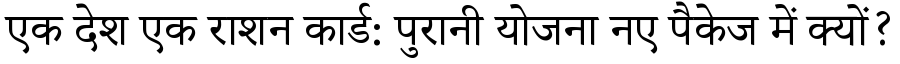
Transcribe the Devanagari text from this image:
एक देश एक राशन कार्ड: पुरानी योजना नए पैकेज में क्यों?